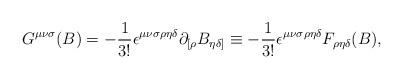
LaTeX: \begin{align*}G^{{\mu}{\nu}{\sigma}}(B)=-{\frac{1}{3!}}{\epsilon}^{{\mu}{\nu}{\sigma}{\rho}{\eta}{\delta}}{\partial}_{[{\rho}}B_{{\eta}{\delta}]}\equiv-{\frac{1}{3!}}{\epsilon}^{{\mu}{\nu}{\sigma}{\rho}{\eta}{\delta}}F_{{\rho}{\eta}{\delta}}(B),\end{align*}